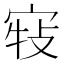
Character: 𡨣